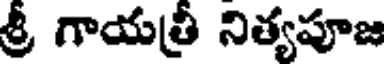
శ్రీ గాయత్రీ నిత్యపూజ